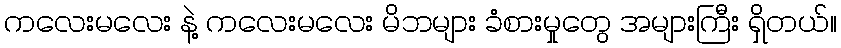
ကလေးမလေး နဲ့ ကလေးမလေး မိဘများ ခံစားမှုတွေ အများကြီး ရှိတယ်။